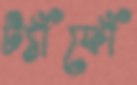
ট্যাঁফোঁ